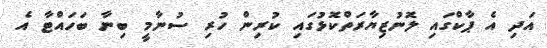
އަދި އެ ޕާކްގައި ލޮނުޒިޔާރަތްކޮޅުގައި ކުރިން ހުރި ސުނާމީ ބިނާ ބަހައްޓާ އެ